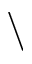
\backslash